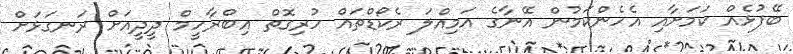
ބޭފުޅެއް ކަމަށާއި އެހެންކަމުން އޭނާގެ އަމިއްލަ ރެކޯޑްތައް ހުރިގޮތް އިބްރާހީމް ދީދީއަށް ރަނގަޅަށް